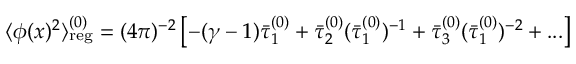
\langle \phi ( x ) ^ { 2 } \rangle _ { \mathrm { r e g } } ^ { ( 0 ) } = ( 4 \pi ) ^ { - 2 } \left[ - ( \gamma - 1 ) \bar { \tau } _ { 1 } ^ { ( 0 ) } + \bar { \tau } _ { 2 } ^ { ( 0 ) } ( \bar { \tau } _ { 1 } ^ { ( 0 ) } ) ^ { - 1 } + \bar { \tau } _ { 3 } ^ { ( 0 ) } ( \bar { \tau } _ { 1 } ^ { ( 0 ) } ) ^ { - 2 } + . . . \right]